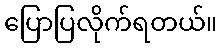
ပြောပြလိုက်ရတယ်။